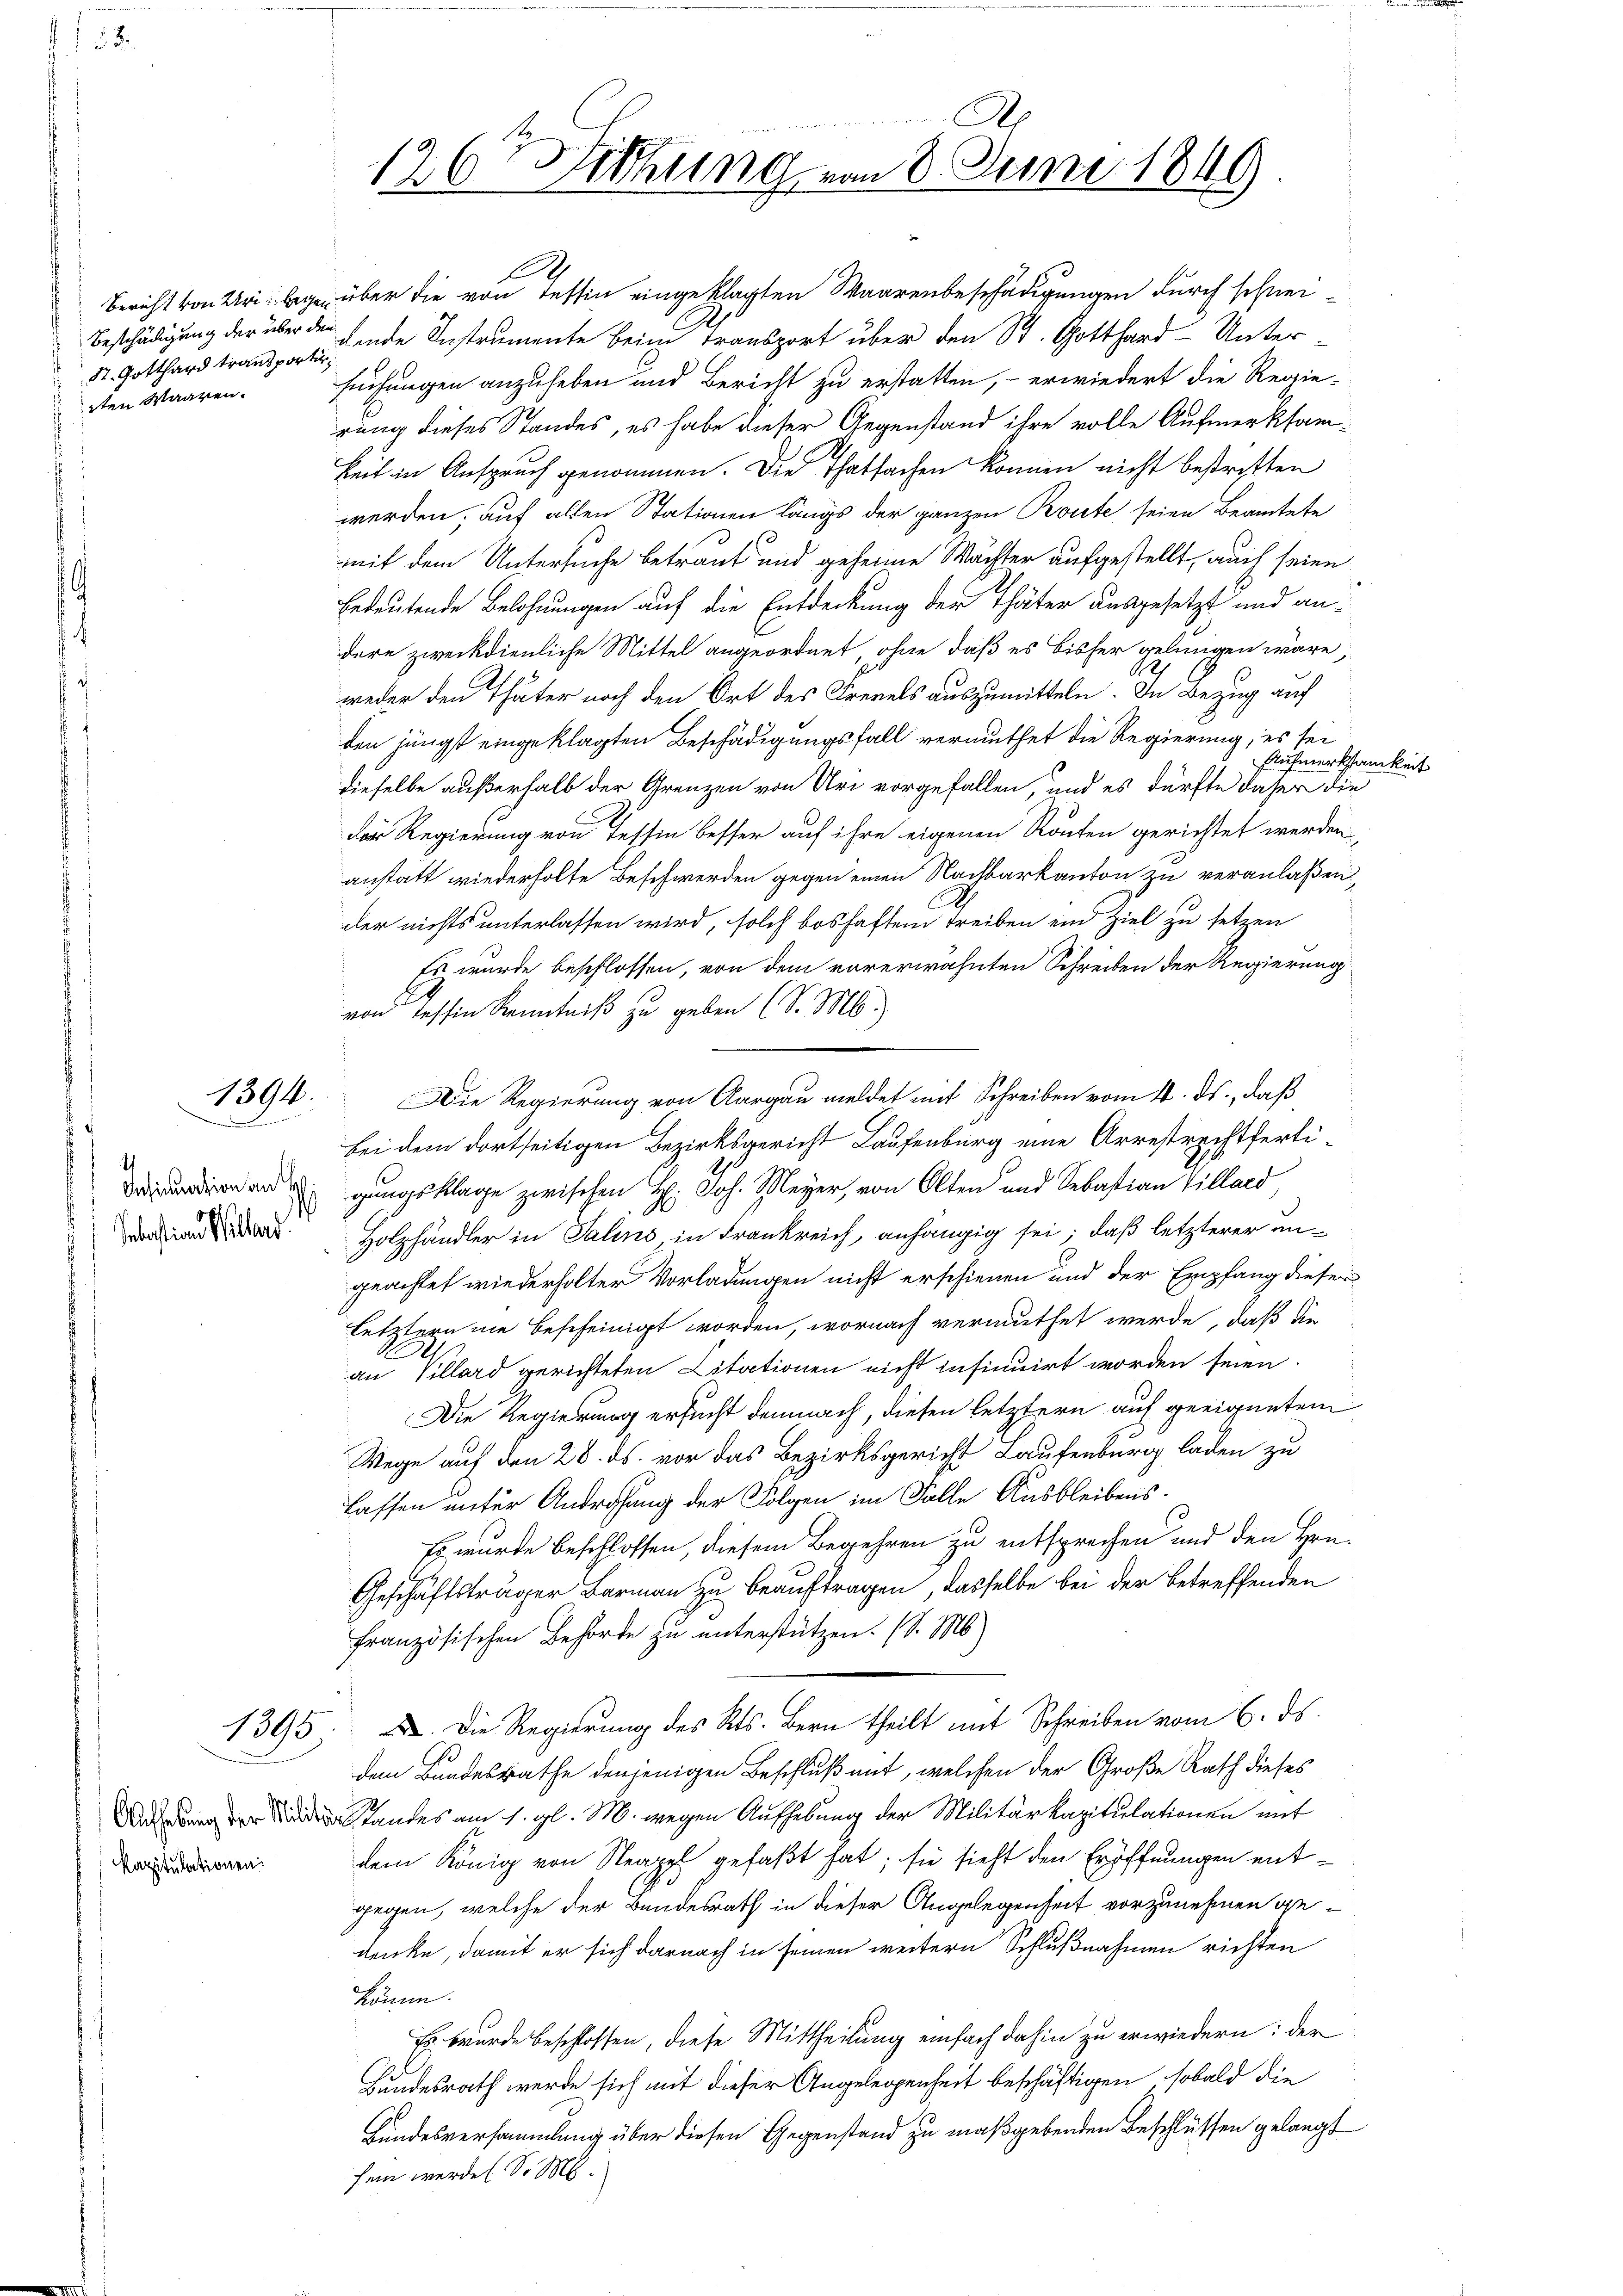
St. Gotthard transportirsten Waaren.

n

)
Insinuation an H
1
Sebastian Willerd

kapitulationen

in meinen einen
126 Sitzung vom 8. Juni 1849

E
Bericht von Uri legen über die von Tessin eingeklagten Waarenbeschädigungen durch schnei¬
Beschädigung der über den finde Instrumente beim Transport über den St. Gotthard-Unter
suchungen anzuheben und Bericht zu erstatten, – erwiedert die Regierung dieses Standes, es habe dieser Gegenstand ihre volle Aufmerksamkeit in Anspruch genommen. Die Thatsachen können nicht bestritten
werden, auf allen Stationen längs der ganzen Route seien Beamtete
mit dem Untersuche betraut und geheime Mächter aufgestellt, auch seien
bedeutende Belohnungen auf die Entdeckung der Thäter ausgesetzt und andere zweckdienliche Mittel angeordnet, ohne daß es bisher gelungen wäre,
e
weder den Thäter noch den Ort des Frevels auszumitteln. In Bezug auf
den jüngst eingeklagten Beschädigungsfall vermuthet die Regierung, es sei
Aufmerksamkeit
dieselbe außerhalb der Grenzen von Uri vorgefallen, und es dürfte daher die
der Regierung von Tessin besser auf ihre eigenen Rönten gerichtet werden,
anstatt wiederholte Beschwerden gegen einen Nachbarkanton zu veranlaßen,
A
der nichts unterlassen wird, solch boshaften Treiben ein Ziel zu setzen
Es wurde beschlossen, von dem vorerwähnten Schreiben der Regierung
von Tessin Kenntniß zu geben (S. M.)
1394. Die Regierung von Aargau meldet mit Schreiben vom 4. ds., daß
bei dem dortseitigen Bezirksgericht Laufenburg eine Arrestrechtfertigungsklage zwischen H: Joh. Meyer, von Olten und Sebastian Villard
Holzhändler in Salins, in Frankreich, anhängig sei; daß letzterer ungeachtet wiederholter Vorladungen nicht erschienen und der Empfang dieser
letztern nie bescheinigt worden, wornach vermuthet werde, daß die
an Villard gerichteten Citationen nicht insinuirt worden seien.
Die Regierung ersucht demnach, diesen letztern auf geeigneten
Mege auf den 28. ds. vor das Bezirksgericht Laufenburg laden zu
lassen unter Androhung der Folgen im Falle Ausbleibens.
Es wurde beschlossen, diesem Begehren zu entsprechen und den Hrn.
Geschäftsträger Barman zu beauftragen, dasselbe bei der betreffenden
Französischen Behörde zu unterstützen. (S. M.)
1395. X. Die Regierung des Kts. Bern theilt mit Schreiben vom 6. ds.
dem Bundesrathe denjenigen Beschluß mit, welchen der Große Rath dieses
anes am 1. gl. M. wegen Aufhebung der Militärkapitulationen mit
dem König von Neapel gefaßt hat; sie sieht den Eröffnungen entgegen, welche der Bundesrath in dieser Angelegenheit vorzunehmen gedenke, damit er sich darnach in seinen weitern Schlußnahmen richten
könne.
Es wurde beschlossen, diese Mittheilung einfach dahin zu erwiedern: der
Bundesrath werde sich mit dieser Angelegenheit beschäftigen sobald die
Bundesversammlung über diesen Gegenstand zu maßgebenden Beschlüssen gelangt
sein werde (S. M.